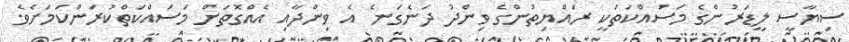
ސިޔާސީ ލީޑަރުންގެ މަސައްކަތަކީ ރައްޔިތުންގެ ވިންދު ދަނެގަނެ އެ ވިންދާއި އެއްގޮތަށް މަސައްކަތްކުރަންކަމަށެވެ.